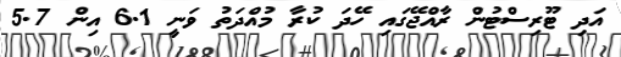
އަދި ޓޫރިސްޓުން ރާއްޖޭގައި ހޭދަ ކުރާ މުއްދަތު ވަނީ 6.1 އިން 5.7